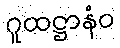
ဂူထဋ္ဌာနံဝ